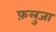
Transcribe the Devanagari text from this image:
फ़लुजा